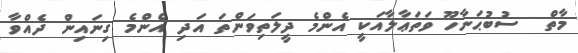
މާތް  ސުބުޙަނާހޫ ވަތަޢާލާއަކީ އެންމެ ދީލަތިވަންތަ އަދި އެންމެ ގިނައިން ދެއްވާ